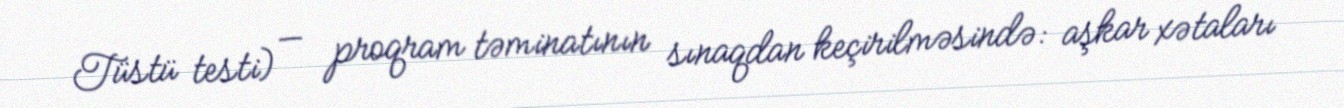
Tüstü testi) — proqram təminatının sınaqdan keçirilməsində: aşkar xətaları